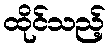
ထိုင်သည့်